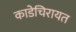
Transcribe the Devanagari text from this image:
काडेचिरायत